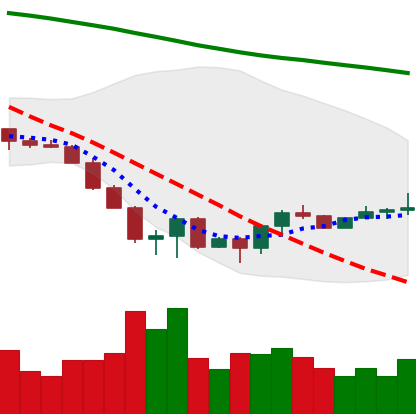
Ticker: ETC-USD
Chart end date: 2022-06-26
Forward return: -12.73%
Label: down_7plus